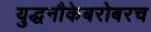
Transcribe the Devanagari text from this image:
युद्धनौकेबरोबरच